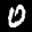
Label: 0